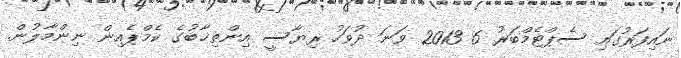
ނައިފަރުގައި ސެޕްޓެމްބަރު 6 2013 ވަނަ ދުވަހު ރިޔާސީ އިންތިޚާބުގެ ކެމްޕެއިން ނިންމާލުން.